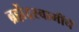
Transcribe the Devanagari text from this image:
ब्रह्मेंद्रस्वामींचें